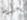
عندما